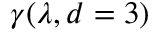
\gamma ( \lambda , d = 3 )